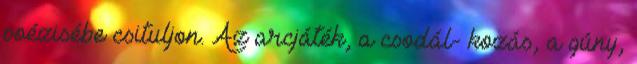
poézisébe csituljon. Az arcjáték, a csodál- kozás, a gúny,